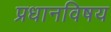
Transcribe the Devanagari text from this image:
प्रधानविषय